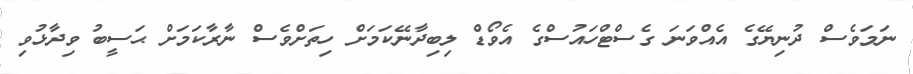
ނަމަވެސް ދުނިޔޭގެ އެއްވަނަ ގެސްޓްހައުސްގެ އެވޯޑް ލިބިދާނޭކަމަށް ހިތަށްވެސް ނާރާކަމަށް ޙަސީބު ވިދާޅުވި